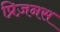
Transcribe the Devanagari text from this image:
प्रिज़नस